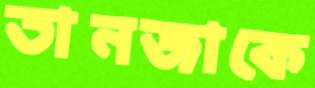
তানজাকে